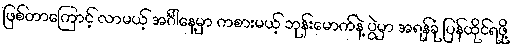
ဖြစ်တာကြောင့် လာမယ့် အင်္ဂါနေ့မှာ ကစားမယ့် ဘုန်းမောက်နဲ့ ပွဲမှာ အရန်ခုံ ပြန်ထိုင်ရဖို့